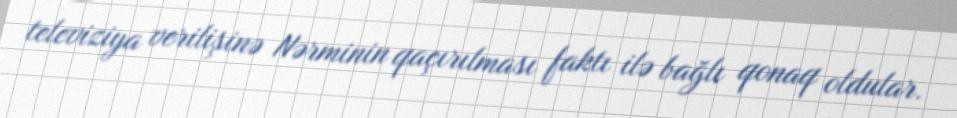
televiziya verilişinə Nərminin qaçırılması faktı ilə bağlı qonaq oldular.